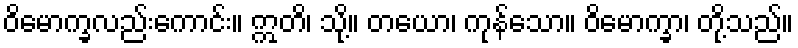
ဝိမောက္ခလည်းကောင်း။ ဣတိ၊ သို့။ တယော၊ ကုန်သော။ ဝိမောက္ခာ၊ တို့သည်။